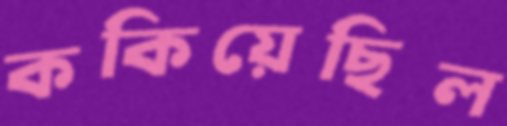
ককিয়েছিল